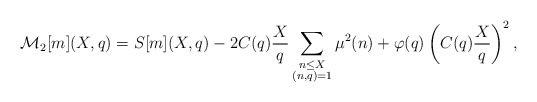
\begin{align*}\mathcal{M}_2[m](X,q)=S[m](X,q) - 2C(q)\dfrac{X}{q}\sum_{\substack{n\leq X\\ (n,q)=1}}\mu^2(n)+\varphi(q)\left(C(q)\dfrac{X}{q}\right)^2,\end{align*}